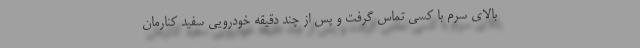
بالای سرم با کسی تماس گرفت و پس از چند دقیقه خودرویی سفید کنارمان